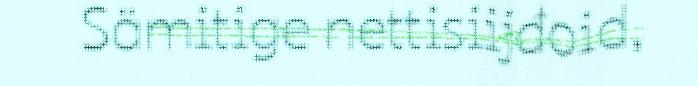
Sämitige nettisiijđoid,